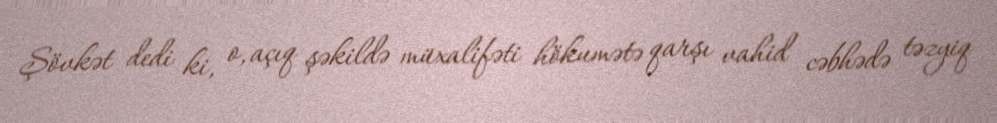
Şövkət dedi ki, o, açıq şəkildə müxalifəti hökumətə qarşı vahid cəbhədə təzyiq